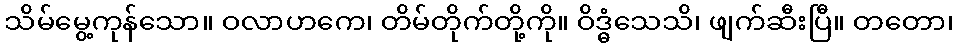
သိမ်မွေ့ကုန်သော။ ဝလာဟကေ၊ တိမ်တိုက်တို့ကို။ ဝိဒ္ဓံသေသိ၊ ဖျက်ဆီးပြီ။ တတော၊